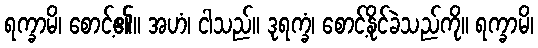
ရက္ခာမိ၊ စောင့်၏။ အဟံ၊ ငါသည်။ ဒုရက္ခံ၊ စောင့်နိုင်ခဲသည်ကို။ ရက္ခာမိ၊